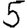
Digit: 5